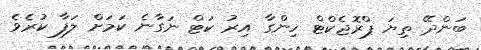
ބަންދޭ ތިޔަ ޕްރޮޖެކްޓް ހިންގާ އިރު ކަޓް ނަގާނެ ކަމަށް ލަފާ ކުރެވެ